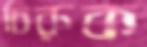
চিরুক